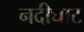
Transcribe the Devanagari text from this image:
नदीघाट